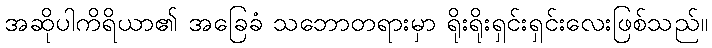
အဆိုပါကိရိယာ၏ အခြေခံ သဘောတရားမှာ ရိုးရိုးရှင်းရှင်းလေးဖြစ်သည်။